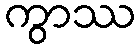
ကွာဿ